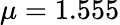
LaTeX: \mu=1.555